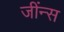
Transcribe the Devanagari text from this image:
जींन्स